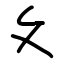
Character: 夂